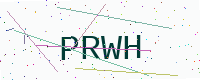
Text: PRWH